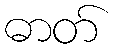
ဓာတ်